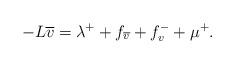
LaTeX: \begin{align*}-L\overline{v}=\lambda^++f_{\overline{v}}+f^{-}_{v}+\mu^{+}.\end{align*}